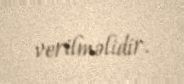
verilməlidir.